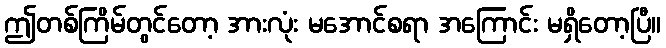
ဤတစ်ကြိမ်တွင်တော့ အားလုံး မအောင်စရာ အကြောင်း မရှိတော့ပြီ။